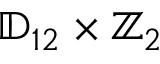
\mathbb { D } _ { 1 2 } \times \mathbb { Z } _ { 2 }